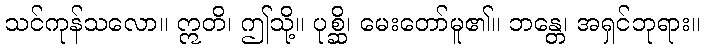
သင်ကုန်သလော။ ဣတိ၊ ဤသို့။ ပုစ္ဆိ၊ မေးတော်မူ၏။ ဘန္တေ၊ အရှင်ဘုရား။